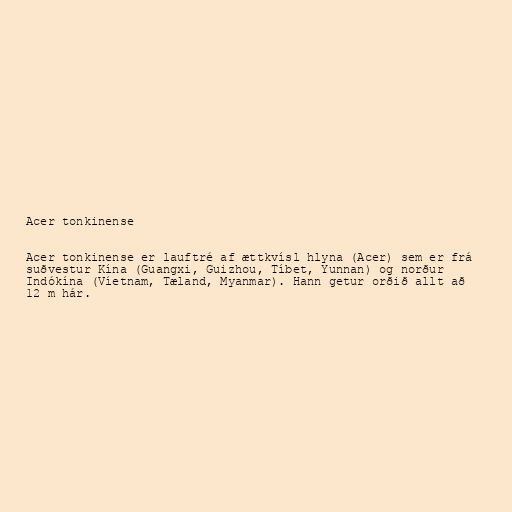
Acer tonkinense

Acer tonkinense er lauftré af ættkvísl hlyna (Acer) sem er frá
suðvestur Kína (Guangxi, Guizhou, Tíbet, Yunnan) og norður
Indókína (Víetnam, Tæland, Myanmar). Hann getur orðið allt að
12 m hár.